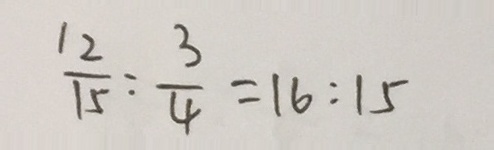
\frac { 1 2 } { 1 5 } : \frac { 3 } { 4 } = 1 6 : 1 5